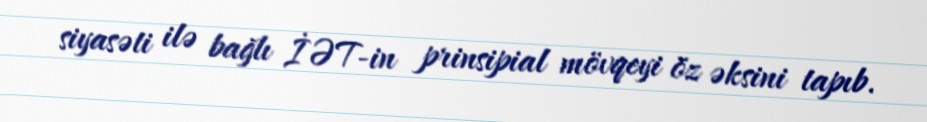
siyasəti ilə bağlı İƏT-in prinsipial mövqeyi öz əksini tapıb.